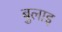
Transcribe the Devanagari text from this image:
बुलाइ